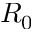
R _ { 0 }